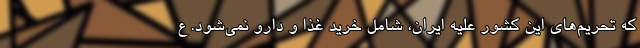
که تحریم‌های این کشور علیه ایران، شامل خرید غذا و دارو نمی‌شود. ع